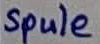
Text: spule